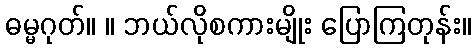
ဓမ္မဂုတ်။ ။ ဘယ်လိုစကားမျိုး ပြောကြတုန်း။